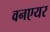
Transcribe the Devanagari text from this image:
वनएयर